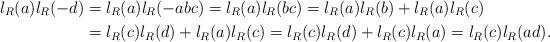
LaTeX: \begin{align*} l_R(a)l_R(-d)&=l_R(a)l_R(-abc)=l_R(a)l_R(bc)=l_R(a)l_R(b)+l_R(a)l_R(c)\\ &=l_R(c)l_R(d)+l_R(a)l_R(c)=l_R(c)l_R(d)+l_R(c)l_R(a)=l_R(c)l_R(ad). \end{align*}